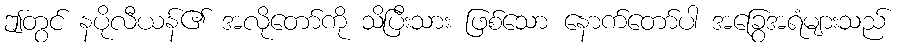
ဤတွင် နပိုလီယန်၏ အလိုတော်ကို သိပြီးသား ဖြစ်သော နောက်တော်ပါ အခြွေအရံများသည်